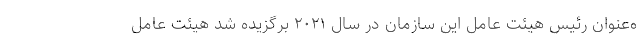
ه‌عنوان رئیس هیئت عامل این سازمان در سال ۲۰۲۱ برگزیده شد هیئت عامل